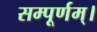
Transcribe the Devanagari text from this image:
सम्पूर्णम्।